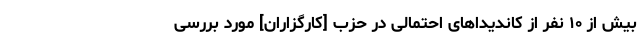
بیش از ۱۰ نفر از کاندیداهای احتمالی در حزب [کارگزاران] مورد بررسی